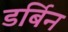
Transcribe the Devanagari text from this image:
डर्बिन